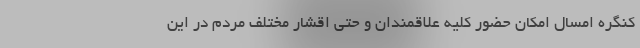
کنگره امسال امکان حضور کلیه علاقمندان و حتی اقشار مختلف مردم در این